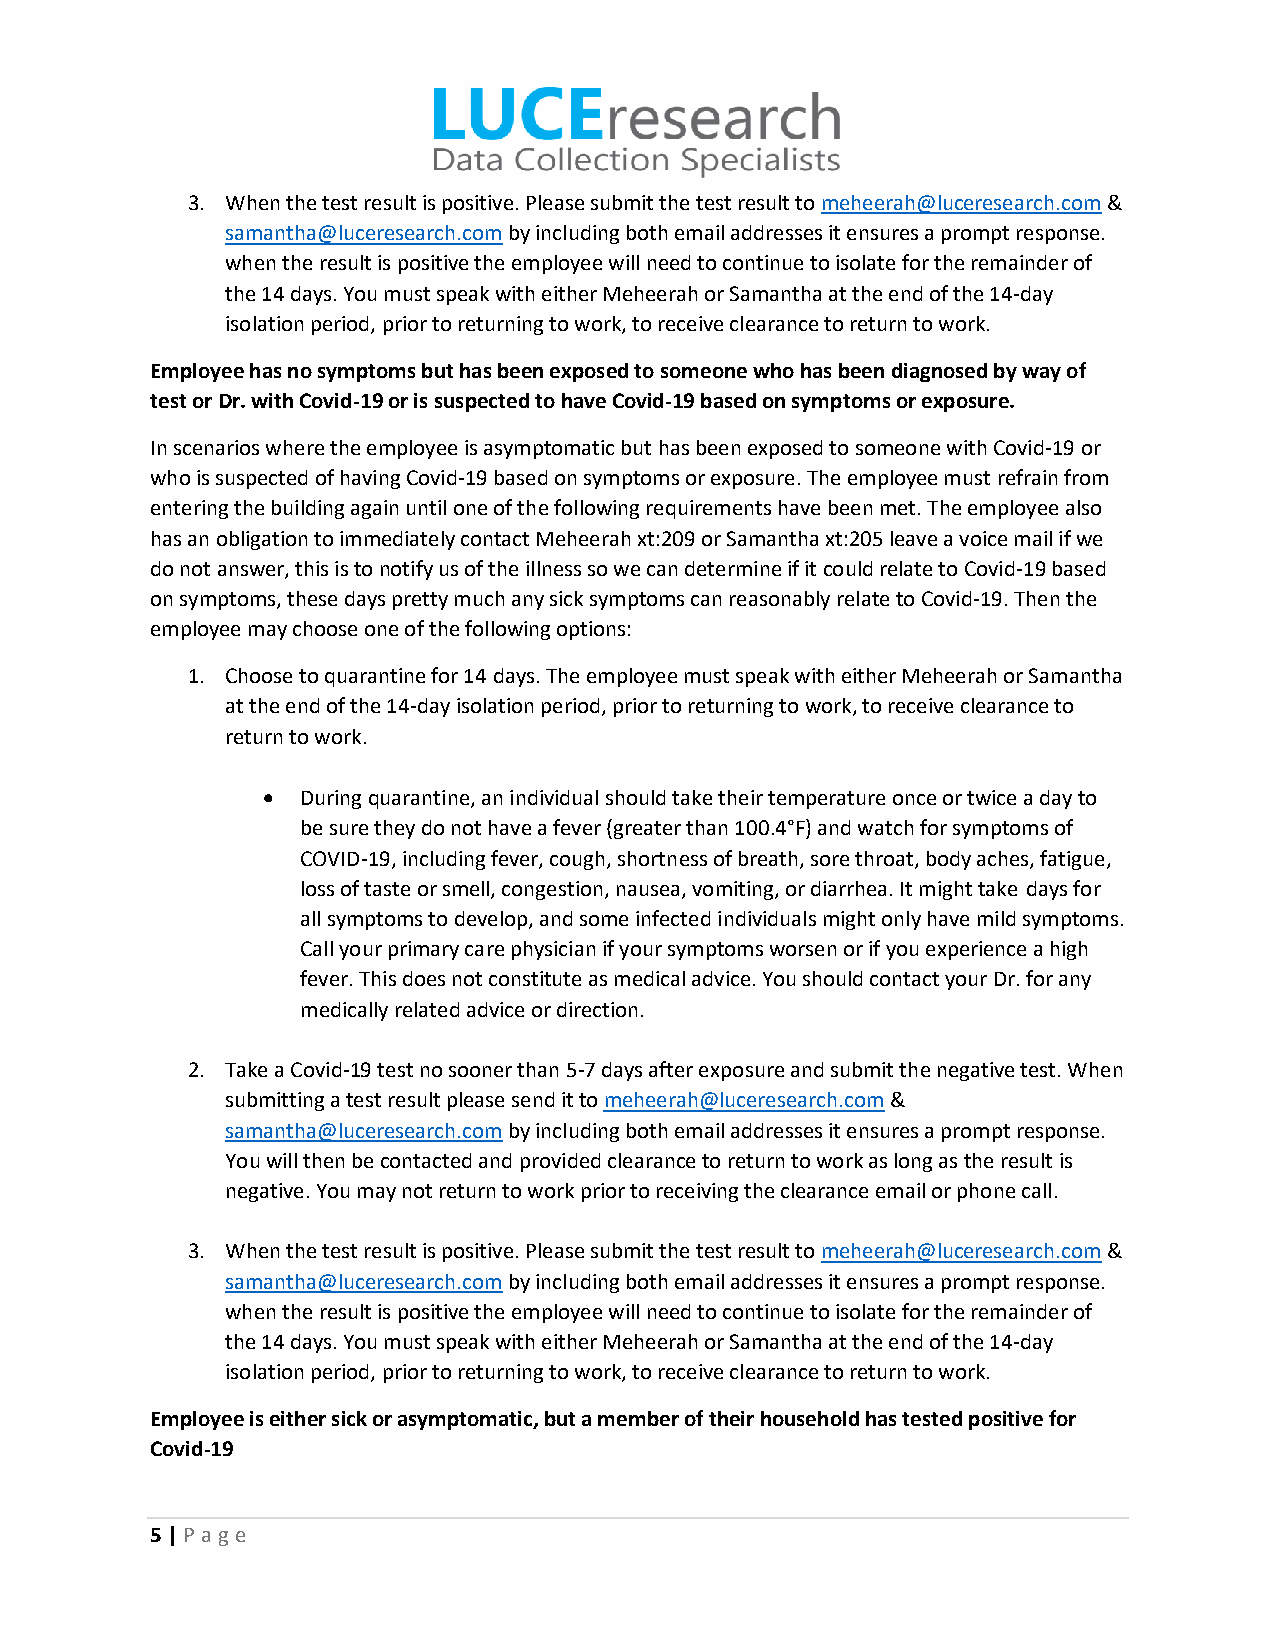
3. When the test result is positive. Please submit the test result to meheerah@luceresearch.com &
 samantha@luceresearch.com by including both email addresses it ensures a prompt response.
 when the result is positive the employee will need to continue to isolate for the remainder of
 the 14 days. You must speak with either Meheerah or Samantha at the end of the 14-day
 isolation period, prior to returning to work, to receive clearance to return to work.
 Employee has no symptoms but has been exposed to someone who has been diagnosed by way of
 test or Dr. with Covid-19 or is suspected to have Covid-19 based on symptoms or exposure.
 In scenarios where the employee is asymptomatic but has been exposed to someone with Covid-19 or
 who is suspected of having Covid-19 based on symptoms or exposure. The employee must refrain from
 entering the building again until one of the following requirements have been met. The employee also
 has an obligation to immediately contact Meheerah xt:209 or Samantha xt:205 leave a voice mail if we
 do not answer, this is to notify us of the illness so we can determine if it could relate to Covid-19 based
 on symptoms, these days pretty much any sick symptoms can reasonably relate to Covid-19. Then the
 employee may choose one of the following options:
 1. Choose to quarantine for 14 days. The employee must speak with either Meheerah or Samantha
 at the end of the 14-day isolation period, prior to returning to work, to receive clearance to
 return to work.
 •  During quarantine, an individual should take their temperature once or twice a day to
 be sure they do not have a fever (greater than 100.4°F) and watch for symptoms of
 COVID-19, including fever, cough, shortness of breath, sore throat, body aches, fatigue,
 loss of taste or smell, congestion, nausea, vomiting, or diarrhea. It might take days for
 all symptoms to develop, and some infected individuals might only have mild symptoms.
 Call your primary care physician if your symptoms worsen or if you experience a high
 fever. This does not constitute as medical advice. You should contact your Dr. for any
 medically related advice or direction.
 2. Take a Covid-19 test no sooner than 5-7 days after exposure and submit the negative test. When
 submitting a test result please send it to meheerah@luceresearch.com &
 samantha@luceresearch.com by including both email addresses it ensures a prompt response.
 You will then be contacted and provided clearance to return to work as long as the result is
 negative. You may not return to work prior to receiving the clearance email or phone call.
 3. When the test result is positive. Please submit the test result to meheerah@luceresearch.com &
 samantha@luceresearch.com by including both email addresses it ensures a prompt response.
 when the result is positive the employee will need to continue to isolate for the remainder of
 the 14 days. You must speak with either Meheerah or Samantha at the end of the 14-day
 isolation period, prior to returning to work, to receive clearance to return to work.
 Employee is either sick or asymptomatic, but a member of their household has tested positive for
 Covid-19
 5 | P age